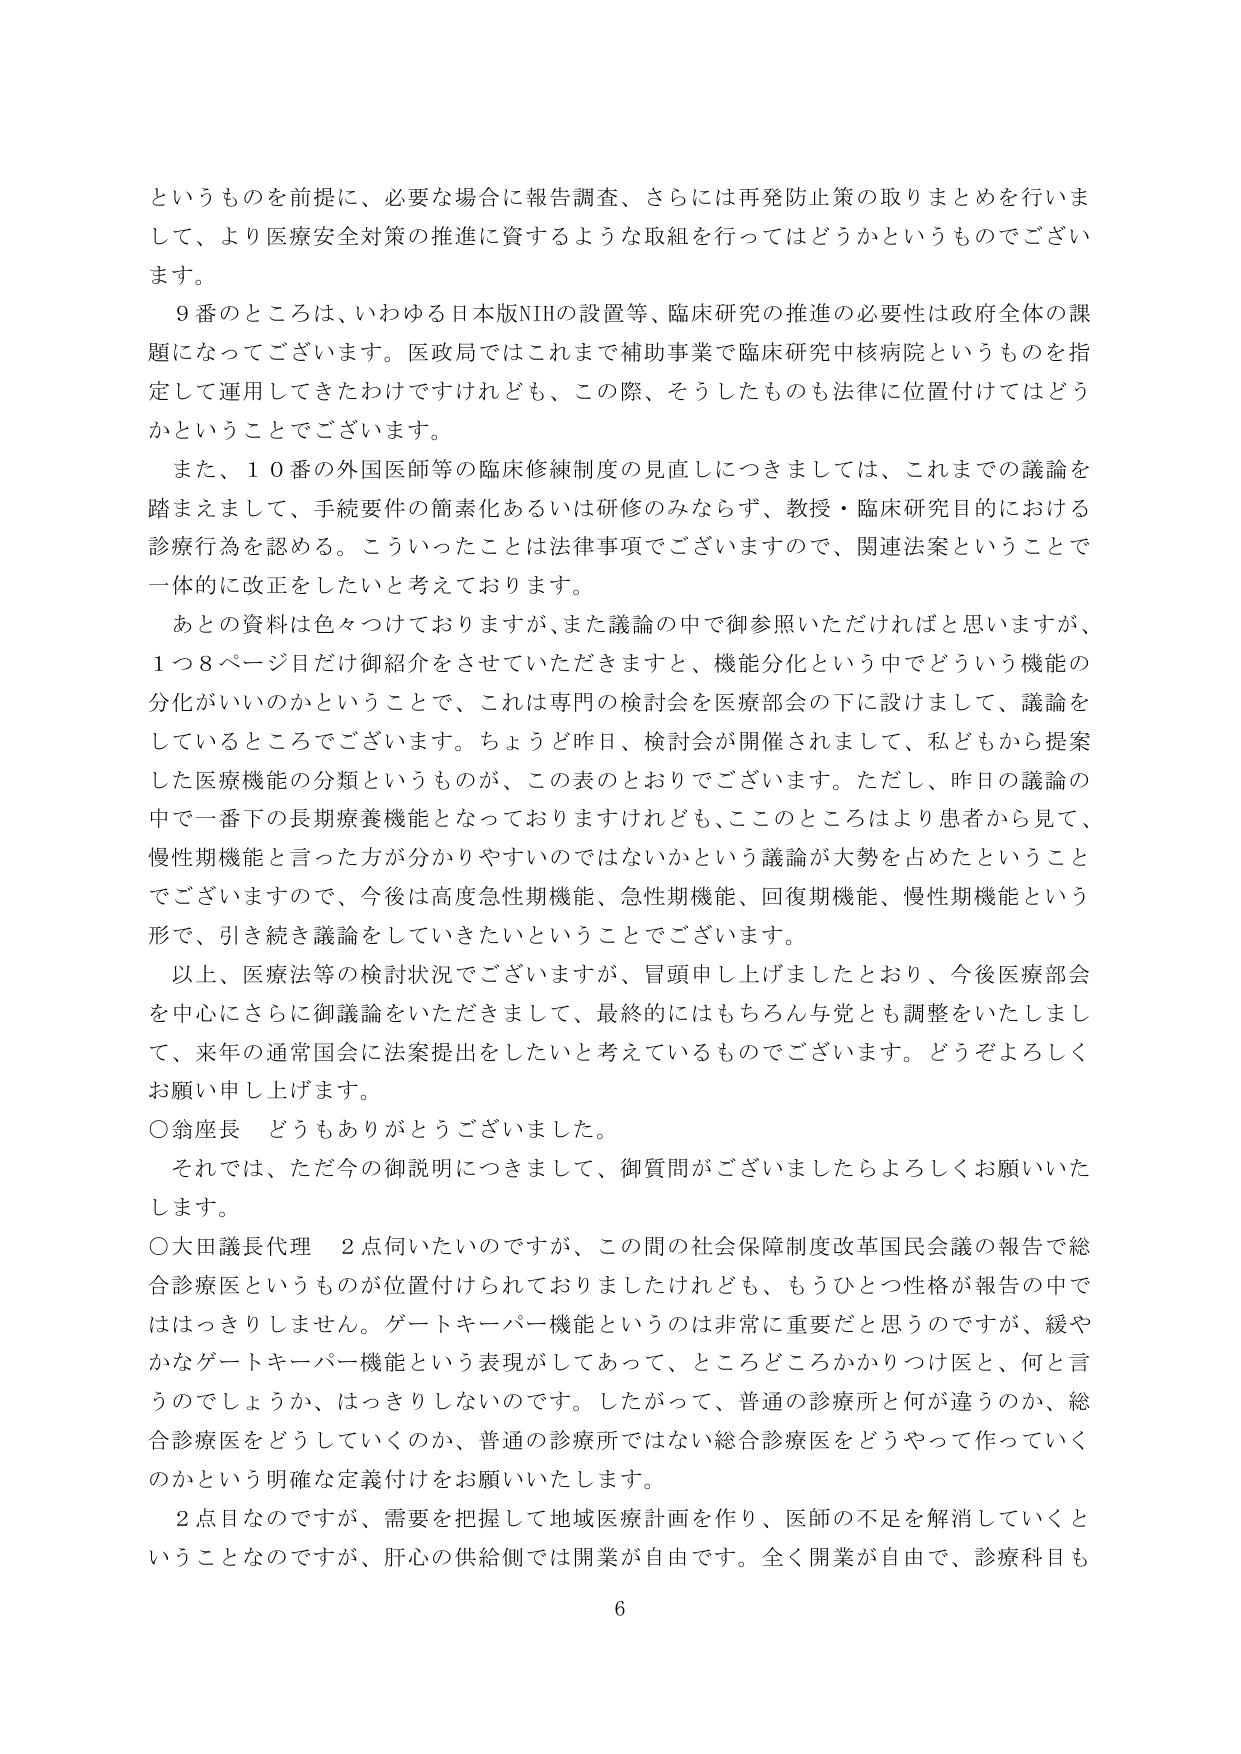
というものを前提に、必要な場合に報告調査、さらには再発防止策の取りまとめを行いまして、より医療安全対策の推進に資するような取組を行ってはどうかというものでございます。

９番のところは、いわゆる日本版NIHの設置等、臨床研究の推進の必要性は政府全体の課題になってございます。医政局ではこれまで補助事業で臨床研究中核病院というものを指定して運用してきたわけですが、この際、そうしたものも法律に位置付けではどうかということでございます。

また、１０番の外国医師等の臨床修練制度の見直しにつきましては、これまでの議論を踏まえまして、手続要件の簡素化あるいは研修のみならず、教授・臨床研究目的における診療行為を認める。こういったことは法律事項でございますので、関連法案ということで一体的に改正をしたいと考えております。

あとの資料は色々つけておりますが、また議論の中で御参照いただければと思いますが、１つ８ページ目だけ御紹介をさせていただきますと、機能分化という中でどういう機能の分化がいいのかということで、これは専門の検討会を医療部会の下に設けまして、議論をしているところでございます。ちょうど昨日、検討会が開催されまして、私どもから提案した医療機能の分類というものが、この表のとおりでございます。ただし、昨日の議論の中で一番下の長期療養機能となっておりますけれども、このところはより患者から見て、慢性期機能と言った方が分かりやすいのではないかという議論が大勢を占めたということでございますので、今後は高度急性期機能、急性期機能、回復期機能、慢性期機能という形で、引き続き議論をしていきたいということでございます。

以上、医療法等の検討状況でございますが、冒頭申し上げましたとおり、今後医療部会を中心にさらに御議論をいただきまして、最終的にはもちろん与党とも調整をいたしまして、来年の通常国会に法案提出をしたいと考えているものでございます。どうぞよろしくお願い申し上げます。

○翁座長　どうもありがとうございました。

それでは、ただ今の御説明につきまして、御質問がございましたらよろしくお願いいたします。

○大田議長代理　２点伺いたいのですが、この間の社会保障制度改革国民会議の報告で総合診療医というものが位置付けられておりましたけれども、もうひとつ性格が報告の中でははっきりしません。ゲートキーパー機能というのは非常に重要だと思うのですが、緩やかなゲートキーパー機能という表現がしてあって、ところどころかかりつけ医と、何と言うのでしょうか、はっきりしないのです。したがって、普通の診療所と何が違うのか、総合診療医をどうしていくのか、普通の診療所ではない総合診療医をどうやって作っていくのかという明確な定義付けをお願いいたします。

２点目なのですが、需要を把握して地域医療計画を作り、医師の不足を解消していくということなのですが、肝心の供給側では開業が自由です。全く開業が自由で、診療科目も

6